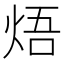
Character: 焐